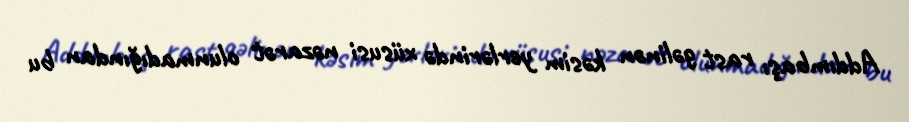
Addımbaşı rast gəlinən kəsim yerlərində xüsusi nəzarət olunmadığından bu